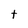
Character: t